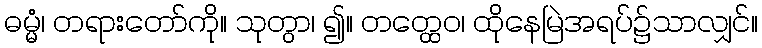
ဓမ္မံ၊ တရားတော်ကို။ သုတွာ၊ ၍။ တတ္ထေဝ၊ ထိုနေမြဲအရပ်၌သာလျှင်။